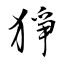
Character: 猙